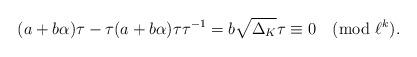
LaTeX: \begin{align*}(a+b\alpha)\tau-\tau(a+b\alpha)\tau\tau^{-1}=b\sqrt{\Delta_K}\tau\equiv0\pmod{\ell^k}.\end{align*}